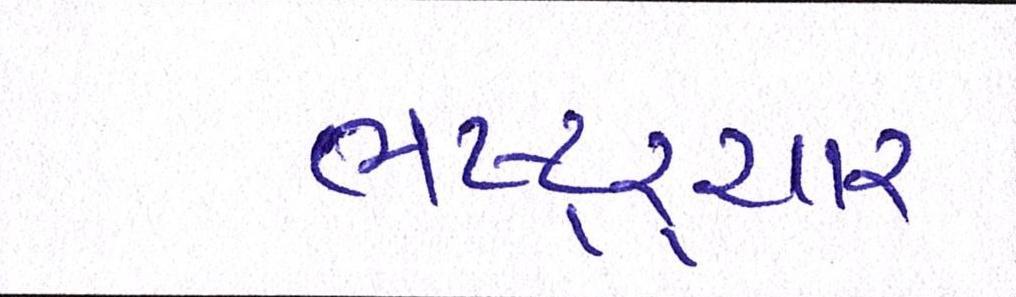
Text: ભષ્ટ્ર્ચાર